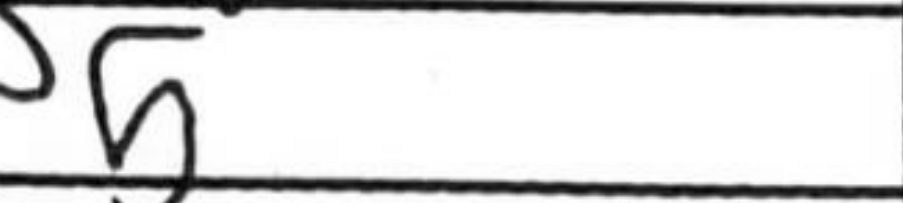
Transcription: e5